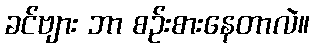
ခင်ဗျား ဘာ စဉ်းစားနေတာလဲ။